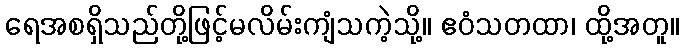
ရေအစရှိသည်တို့ဖြင့်မလိမ်းကျံသကဲ့သို့။ ဧဝံသတထာ၊ ထို့အတူ။